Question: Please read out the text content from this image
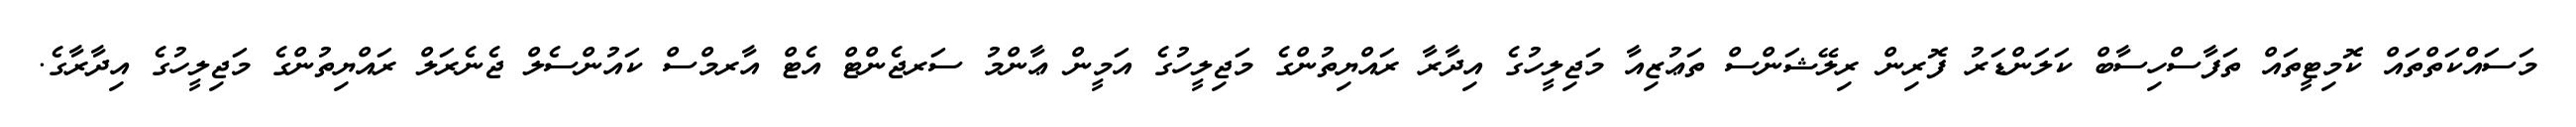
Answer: މަސައްކަތްތައް ކޮމިޓީތައް ތަފާސްހިސާބް ކަލަންޑަރު ފޮރިން ރިލޭޝަންސް ތަޢުޒިއާ މަޖިލީހުގެ އިދާރާ ރައްޔިތުންގެ މަޖިލީހުގެ އަމީން ޢާންމު ސަރޖެންޓް އެޓް އާރމްސް ކައުންސެލް ޖެނެރަލް ރައްޔިތުންގެ މަޖިލީހުގެ އިދާރާގެ.